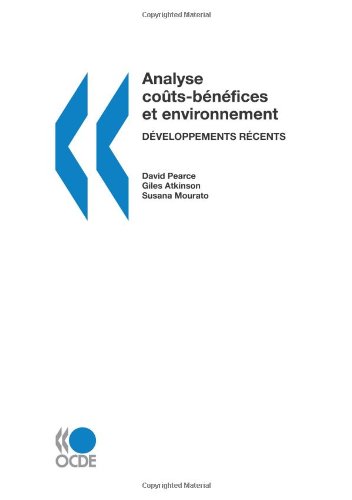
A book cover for Analyse coÃ»ts-bÃ©nÃ©fices et environnement : DÃ©veloppements rÃ©cents (French Edition); OECD Organisation for Economic Co-operation and Development; Business & Money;